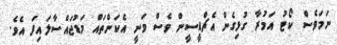
ނަމަވެސް ކޯޓު އަމުރާ ގުޅިގެން އެޗްޑީސީން ވެސް ވަނީ އެކަންތައް މަޑުޖައްސާލައިފަ އެވެ.